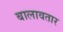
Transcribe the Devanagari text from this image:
बालावतार